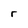
Character: r